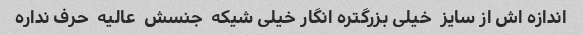
اندازه اش از سایز  خیلی بزرگتره انگار خیلی شیکه  جنسش  عالیه  حرف نداره